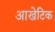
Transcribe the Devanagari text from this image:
आखेटिक